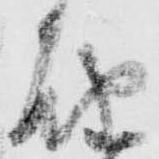
届